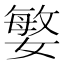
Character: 𭒘